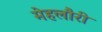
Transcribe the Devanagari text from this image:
मेहलौरी